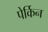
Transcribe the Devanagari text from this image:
पेर्किन